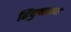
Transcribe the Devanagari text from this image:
हिंदुसतान